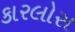
કારલોસ